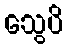
သွေပိ